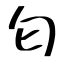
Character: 匂